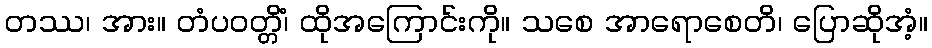
တဿ၊ အား။ တံပဝတ္တိံ၊ ထိုအကြောင်းကို။ သစေ အာရောစေတိ၊ ပြောဆိုအံ့။